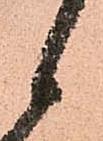
候